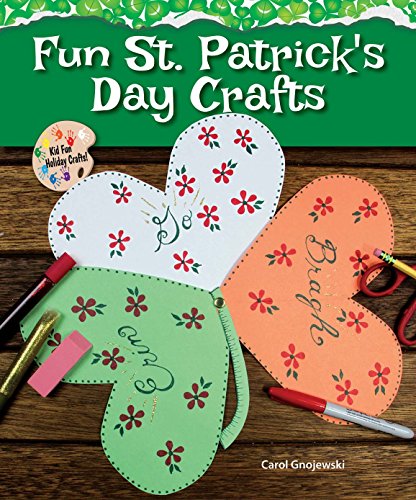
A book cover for Fun St. Patrick's Day Crafts (Kid Fun Holiday Crafts!); Carol Gnojewski; Children's Books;